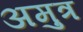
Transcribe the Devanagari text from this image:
अमुत्र